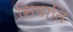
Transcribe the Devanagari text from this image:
सिषाति